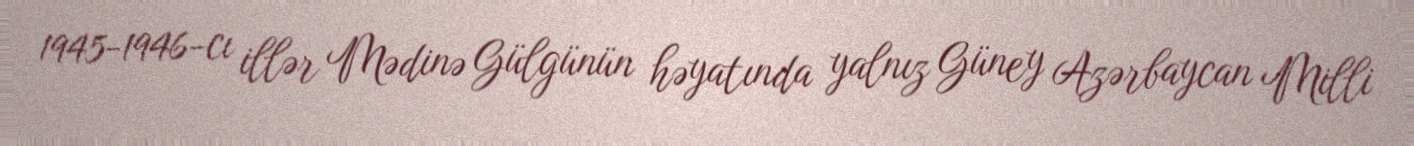
1945-1946-cı illər Mədinə Gülgünün həyatında yalnız Güney Azərbaycan Milli